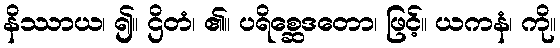
နိဿာယ၊ ၍။ ဌိတံ၊ ၏။ ပရိစ္ဆေဒတော၊ ဖြင့်။ ယကနံ၊ ကို။